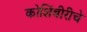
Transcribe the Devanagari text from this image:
कोशिंबीरीचे